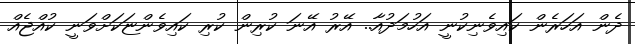
ދެން އަހަރެން ކައިވެނިކުނީ އަހުމަދުއާ.. އޭރު އޭނަ ކުރިން ކުރި ކައިވެންޏަކަށްވަނީ ކުއްޖެއް